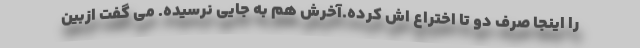
را اینجا صرف دو تا اختراع اش کرده.آخرش هم به جایی نرسیده. می گفت ازبین